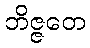
ဘိဇ္ဇတေ